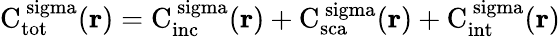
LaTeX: \mathrm{{C}_{\mathrm{{tot}}}^{\ sigma}({\mathbf r})=\mathrm{{C}_{\mathrm{{inc}}}^{\ sigma}({\mathbf r})+\mathrm{{C}_{\mathrm{{sca}}}^{\ sigma}({\mathbf r})+\mathrm{{C}_{\mathrm{{int}}}^{\ sigma}({\mathbf r})}}}}